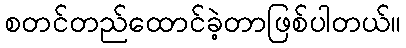
စတင်တည်ထောင်ခဲ့တာဖြစ်ပါတယ်။